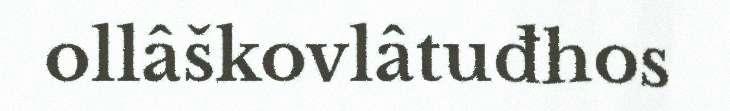
ollâškovlâtuđhos